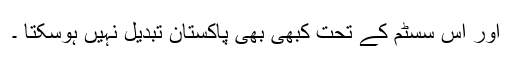
اور اس سسٹم کے تحت کبھی بھی پاکستان تبدیل نہیں ہوسکتا ۔